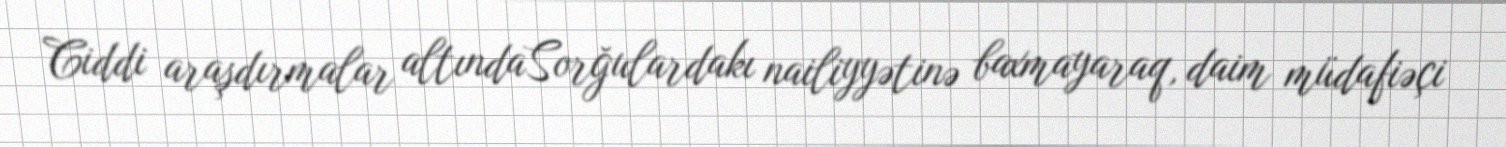
Ciddi araşdırmalar altındaSorğulardakı nailiyyətinə baxmayaraq, daim müdafiəçi